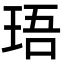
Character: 珸